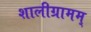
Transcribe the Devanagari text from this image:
शालीग्रामम्